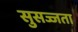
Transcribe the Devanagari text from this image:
सुसज्जता